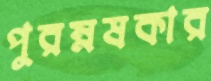
পুরম্নষকার